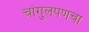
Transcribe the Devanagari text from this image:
चांगुलपणचा